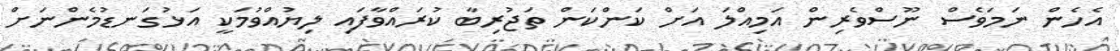
އެހެން ނަމަވެސް ނޫސްވެރިން އަމިއްލަ އަށް ކަންކަން ތަޖުރިބާ ކުރައްވާފައި ލިޔުއްވުމަކީ އަޅުގަނޑުމެންނަށް